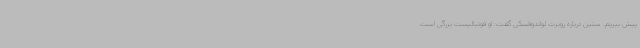
پیش ببریم. ستین درباره روبرت لواندوفسکی گفت: او فوتبالیست بزرگی است